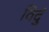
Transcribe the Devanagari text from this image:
विदुं